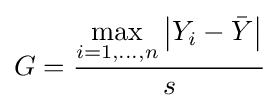
G={\frac {\displaystyle \max _{i=1,\ldots ,n}\left\vert Y_{i}-{\bar {Y}}\right\vert }{s}}